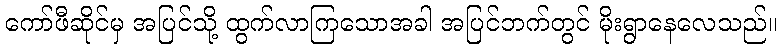
ကော်ဖီဆိုင်မှ အပြင်သို့ ထွက်လာကြသောအခါ အပြင်ဘက်တွင် မိုးရွာနေလေသည်။